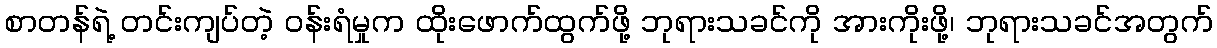
စာတန်ရဲ့ တင်းကျပ်တဲ့ ဝန်းရံမှုက ထိုးဖောက်ထွက်ဖို့ ဘုရားသခင်ကို အားကိုးဖို့၊ ဘုရားသခင်အတွက်